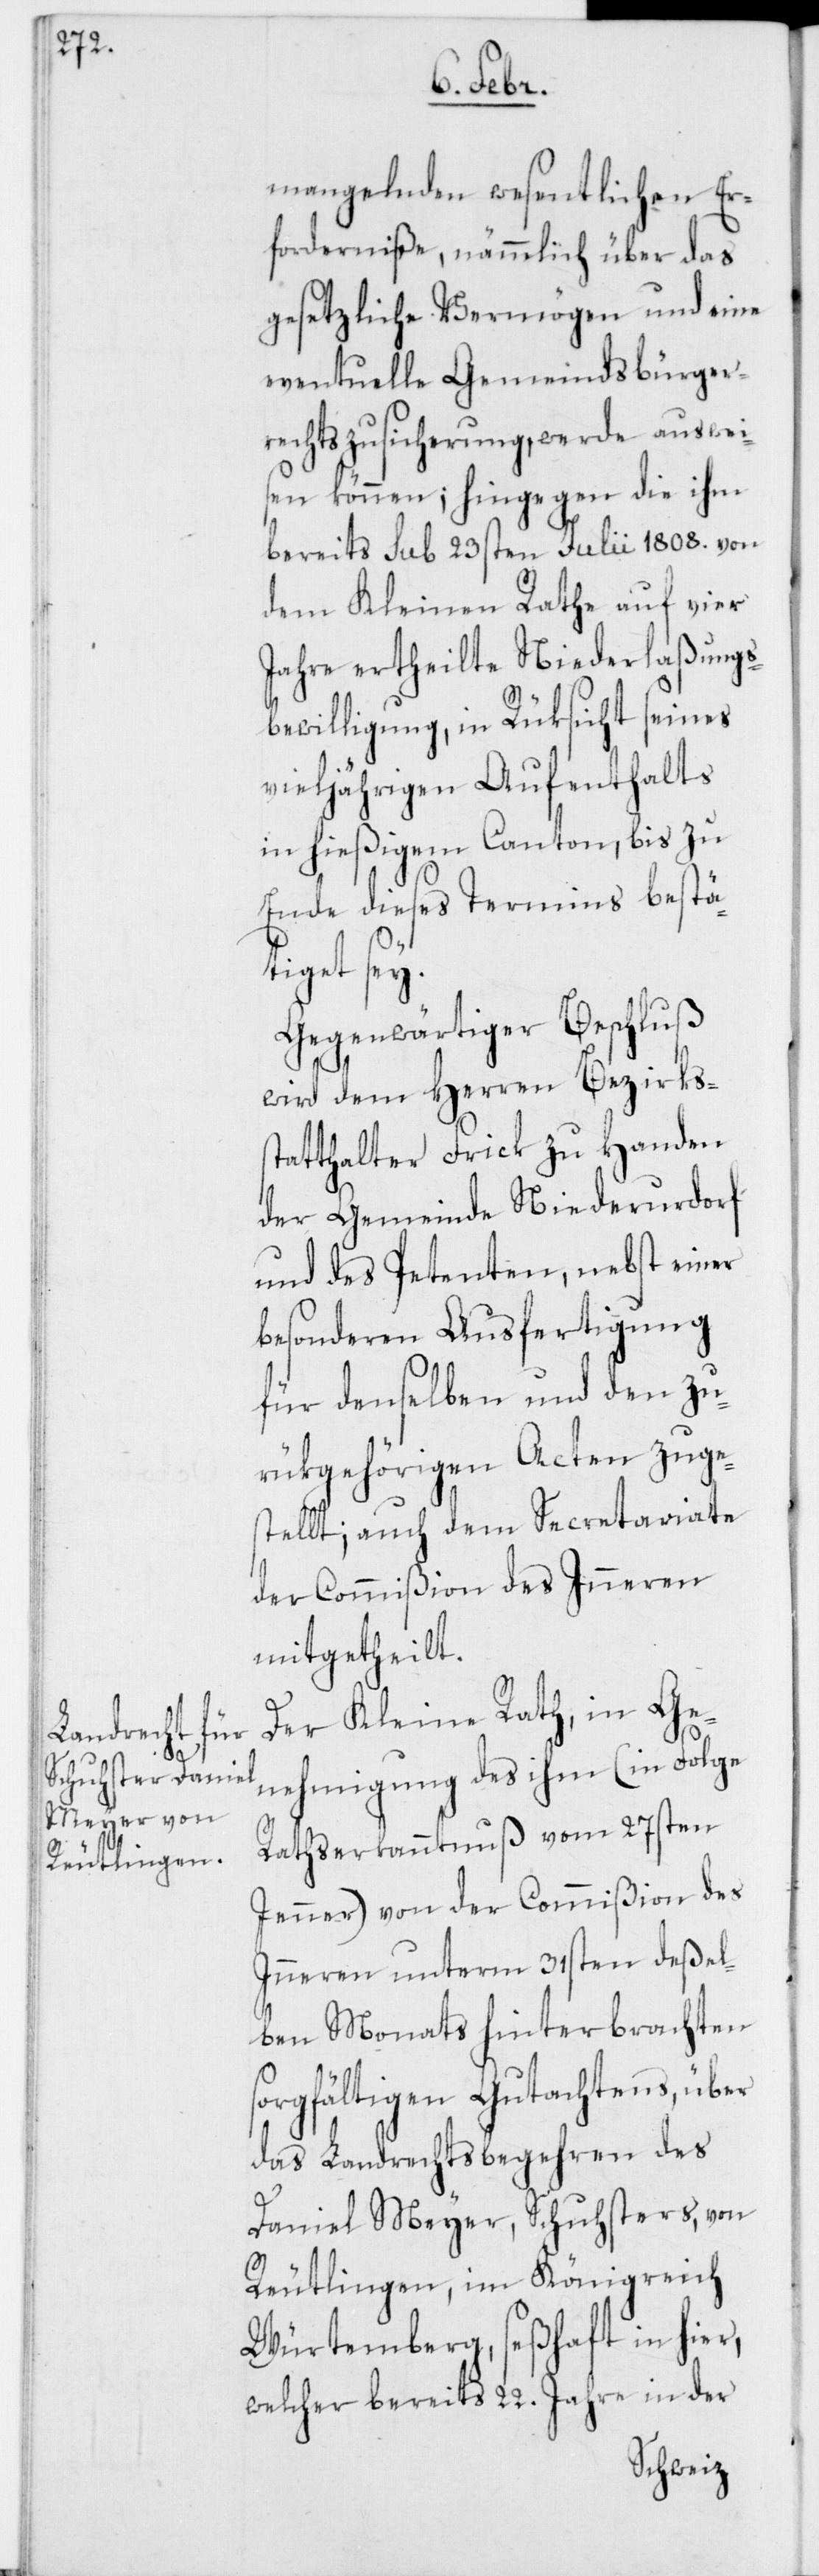
mangelnden wesentlichen Er¬
forderniße, nämmlich über das
gesetzliche Vermögen und eine
eventuelle Gemeindsbürger¬
rechtszusicherung, werde ausweis¬
en können; hingegen die ihm
bereits sub 23sten Julii 1808. von
dem Kleinen Rathe auf vier
Jahre ertheilte Niederlaßungs-B¬
ewilligung, in Rüksicht seines
vieljährigen Aufenthalts
in hießigem Canton, bis zu
Ende dieses Termins bestä¬
tiget sey.
Gegenwärtiger Beschluß
wird dem Herren Bezirkss¬
tatthalter Frick zu Handen
der Gemeinde Niederurdorf
und des Petenten, nebst einer
besonderen Ausfertigung
für denselben und den zu¬
rükgehörigen Acten zuge¬
stellt; auch dem Secretariate
der Commißion des Inneren
mitgetheilt.
Der Kleine Rath, in Ge¬
nehmigung des ihm (in Folge
Rathserkanntnuß vom 27sten
Jenner) von der Commißion des
Inneren unterm 31sten deßel¬
ben Monats hinterbrachten
sorgfältigen Gutachtens, über
das Landrechtsbegehren des
Daniel Meyer, Schuhsters, von
Reutlingen, im Königreich
Würtemberg, seßhaft in hier,
welcher bereits 22. Jahre in der